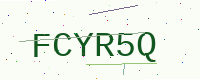
Text: FCYR5Q